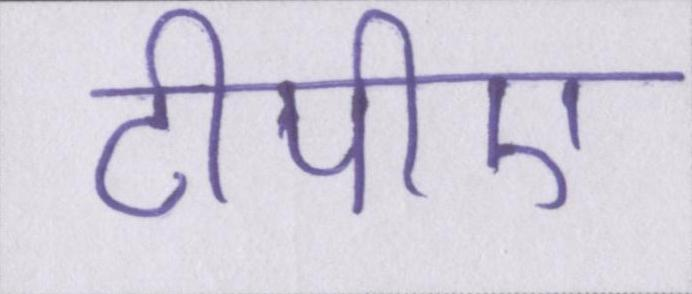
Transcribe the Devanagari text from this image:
टीपीए